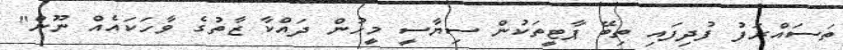
ތަސައްރަފު ފުދިފައި ތިބޭ ޕާޓީތަކުން ސިޔާސީ މީހުން ދައްކާ ޒާތުގެ ވާހަކައެއް ނޫން"